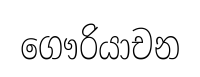
ගෞරියාචන